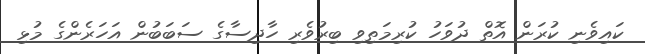
ކައިވެނި ކުރަން އޮތް ދުވަހު ކުރިމަތިވި ބިރުވެރި ހާދިސާގެ ސަބަބުން އަހަރެންގެ މުޅި